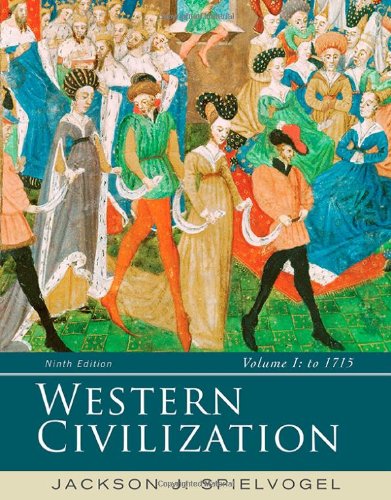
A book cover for Western Civilization: Volume I: To 1715; Jackson J. Spielvogel; History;